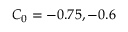
C _ { 0 } = - 0 . 7 5 , - 0 . 6